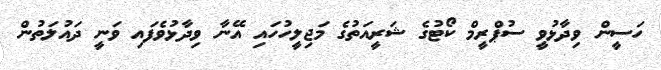
ހަސީން ވިދާޅުވީ ސުޕްރީމް ކޯޓުގެ ޝަރީއަތުގެ މަޖިލީހުހައި އޭނާ ވިދާޅުވެފައި ވަނީ ދައުލަތުން